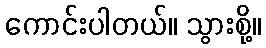
ကောင်းပါတယ်။ သွားစို့။